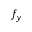
f _ { y }